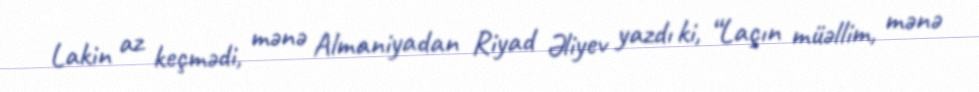
Lakin az keçmədi, mənə Almaniyadan Riyad Əliyev yazdı ki, “Laçın müəllim, mənə